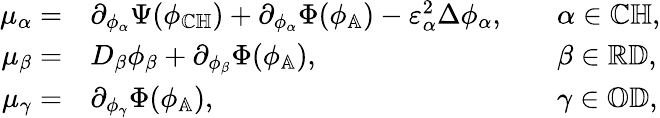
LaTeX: \begin{array}{rlrl}{\mu_{\alpha}=}&{\partial_{\phi_{\alpha}}\Psi(\phi_{\mathbb{C}\mathbb{H}})+\partial_{\phi_{\alpha}}\Phi(\phi_{\mathbb{A}})-\varepsilon_{\alpha}^{2}\Delta\phi_{\alpha},}&&{\alpha\in{\mathbb{C}\mathbb{H}},}\\ {\mu_{\beta}=}&{D_{\beta}\phi_{\beta}+\partial_{\phi_{\beta}}\Phi(\phi_{\mathbb{A}}),}&&{\beta\in{\mathbb{R}\mathbb{D}},}\\ {\mu_{\gamma}=}&{\partial_{\phi_{\gamma}}\Phi(\phi_{\mathbb{A}}),}&&{\gamma\in{\mathbb{O}\mathbb{D}},}\end{array}